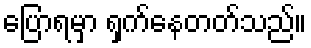
ပြောရမှာ ရှက်နေတတ်သည်။